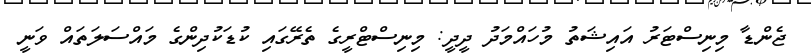
ޖެންޑާ މިނިސްޓަރު އައިޝަތު މުހައްމަދު ދީދީ: މިނިސްޓްރީގެ ތެރޭގައި ކުޑަކުދިންގެ މައްސަލަތައް ވަނީ